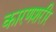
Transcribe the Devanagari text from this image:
कारणशरीर